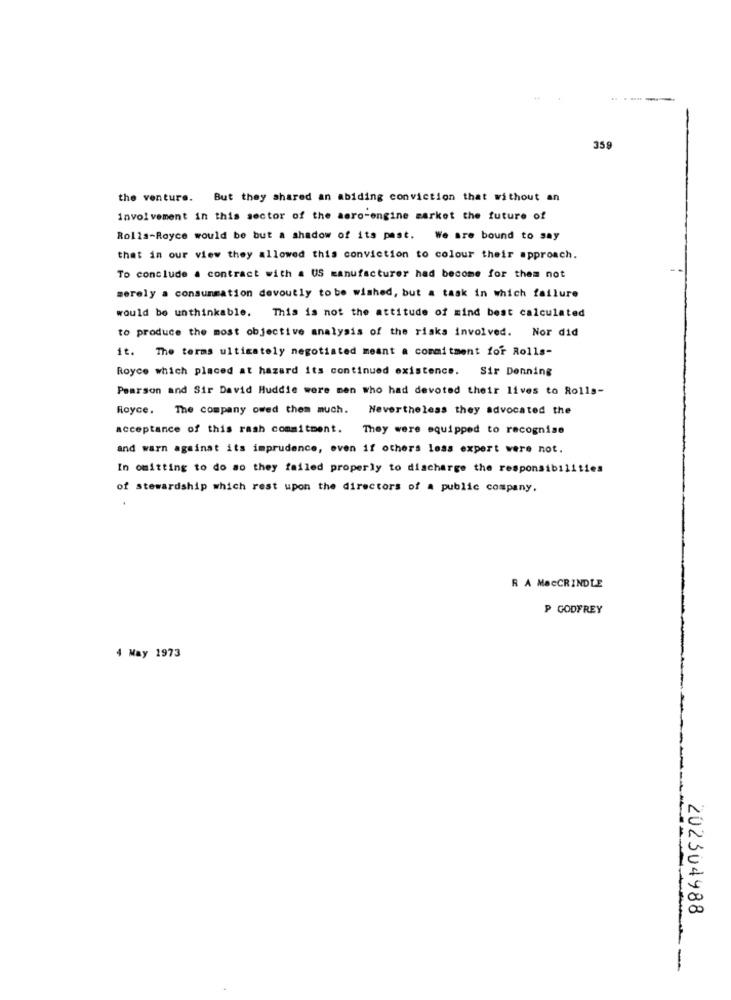
---
359
the venture. But they shared an abiding conviction that without an
involvement in this sector of the aero-engine market the future of
Rolls-Royce would be but a shadow of its past. We are bound to say
that in our view they allowed this conviction to colour their approach.
To conclude a contract with a US manufacturer had become for them not
merely a consummation devoutly tobe wished, but a task in which failure
would be unthinkable. This is not the attitude of mind best calculated
to produce the most objective analysis of the risks involved. Nor did
it. The terms ultimately negotiated meant a commitment for Rolls-
Royce which placed at hazard its continued existence. Sir Denning
Pearson and Sir David Huddie were men who had devoted their lives to Rolls-
Royce.
The company owed them much. Nevertheless they advocated the
acceptance of this rash commitment. They were equipped to recognise
and warn againat its imprudence, even if others less expert were not.
In omitting to do so they failed properly to discharge the responsibilities
of stewardship which rest upon the directors of a public company.
R A MacCRINDLE
P GODFREY
4 May 1973
202304988
--